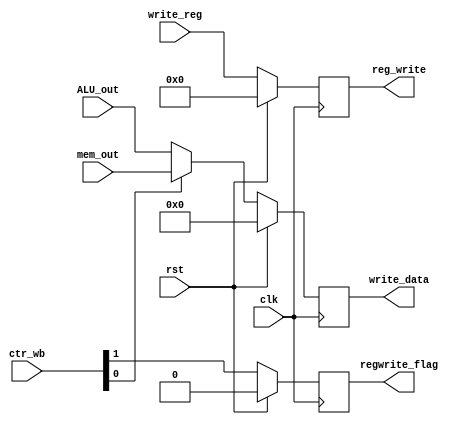
module writeback(
input wire                      clk,
input wire                      rst,
input wire [1:0]        ctr_wb,
input wire [31:0]       mem_out,
input wire [31:0]       ALU_out,
input wire [4:0]        write_reg,
output reg [31:0]      write_data,
output reg             regwrite_flag,
output reg [4:0]        reg_write
    );
    
    wire memtoReg_flag ;
	 wire regwriteflag;
	 wire [31:0] writedata;
    assign memtoReg_flag = ctr_wb[0];
    assign regwriteflag = ctr_wb[1];
    assign writedata = (memtoReg_flag) ? mem_out : ALU_out;
    
	 always @(negedge clk)
      begin
        if( rst )
        begin
            write_data<=0;
    reg_write <= 0;
	 regwrite_flag<=0;
        end
        else
        begin
           
                write_data<=writedata;
    reg_write <= write_reg;
	 regwrite_flag<=regwriteflag;
                
           
        end
      end
	
endmodule